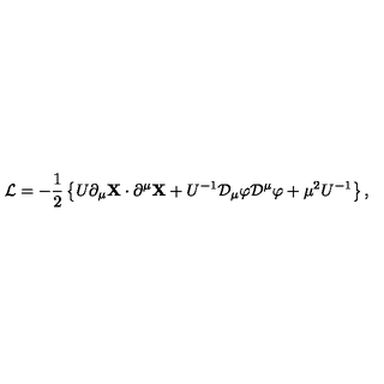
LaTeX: { \cal L } = - { \frac { 1 } { 2 } } \left\{ U \partial _ { \mu } { \bf X } \cdot \partial ^ { \mu } { \bf X } + U ^ { - 1 } { \cal D } _ { \mu } \varphi { \cal D } ^ { \mu } \varphi + \mu ^ { 2 } U ^ { - 1 } \right\} ,